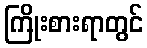
ကြိုးစားရာတွင်